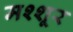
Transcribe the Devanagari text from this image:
मश्शूर